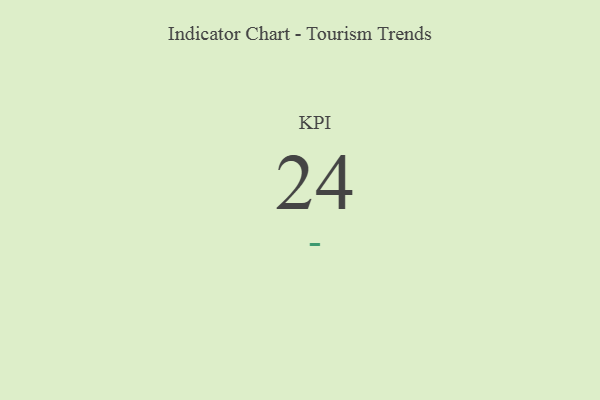
{"axis": {"x": "KPI", "y": "Value"}, "legend": [""], "data": [{"x": "KPI", "y": 24, "type": ""}]}